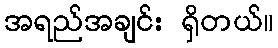
အရည်အချင်း ရှိတယ်။